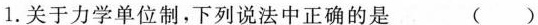
1.关于力学单位制，下列说法中正确的是 ( )